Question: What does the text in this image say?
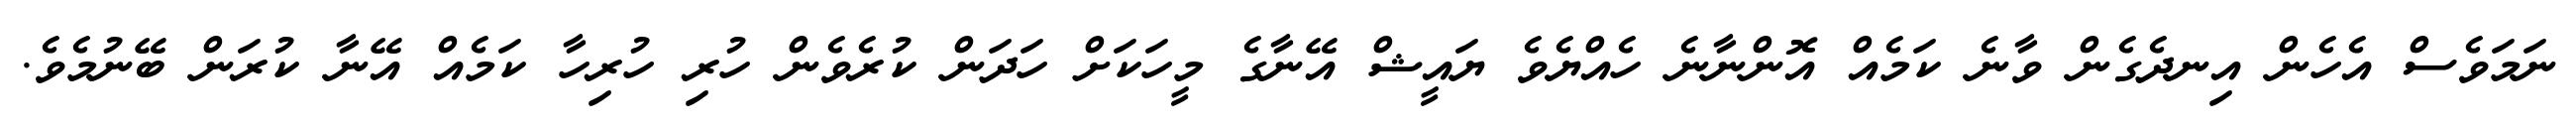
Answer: ނަމަވެސް އެހެން އިނދެގެން ވާނެ ކަމެއް އޮންނާނެ ހެއްޔެވެ ޔައީޝް އޭނާގެ މީހަކަށް ހަދަން ކުރެވެން ހުރި ހުރިހާ ކަމެއް އޭނާ ކުރަން ބޭނުމެވެ.